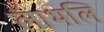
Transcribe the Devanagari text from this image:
लाभलि